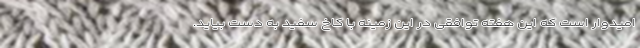
امیدوار است که این هفته توافقی در این زمینه با کاخ سفید به دست بیاید.